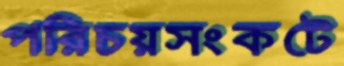
পরিচয়সংকটে